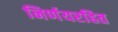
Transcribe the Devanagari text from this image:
निर्णयरहित